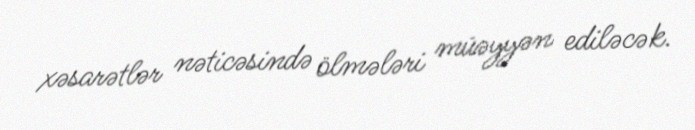
xəsarətlər nəticəsində ölmələri müəyyən ediləcək.